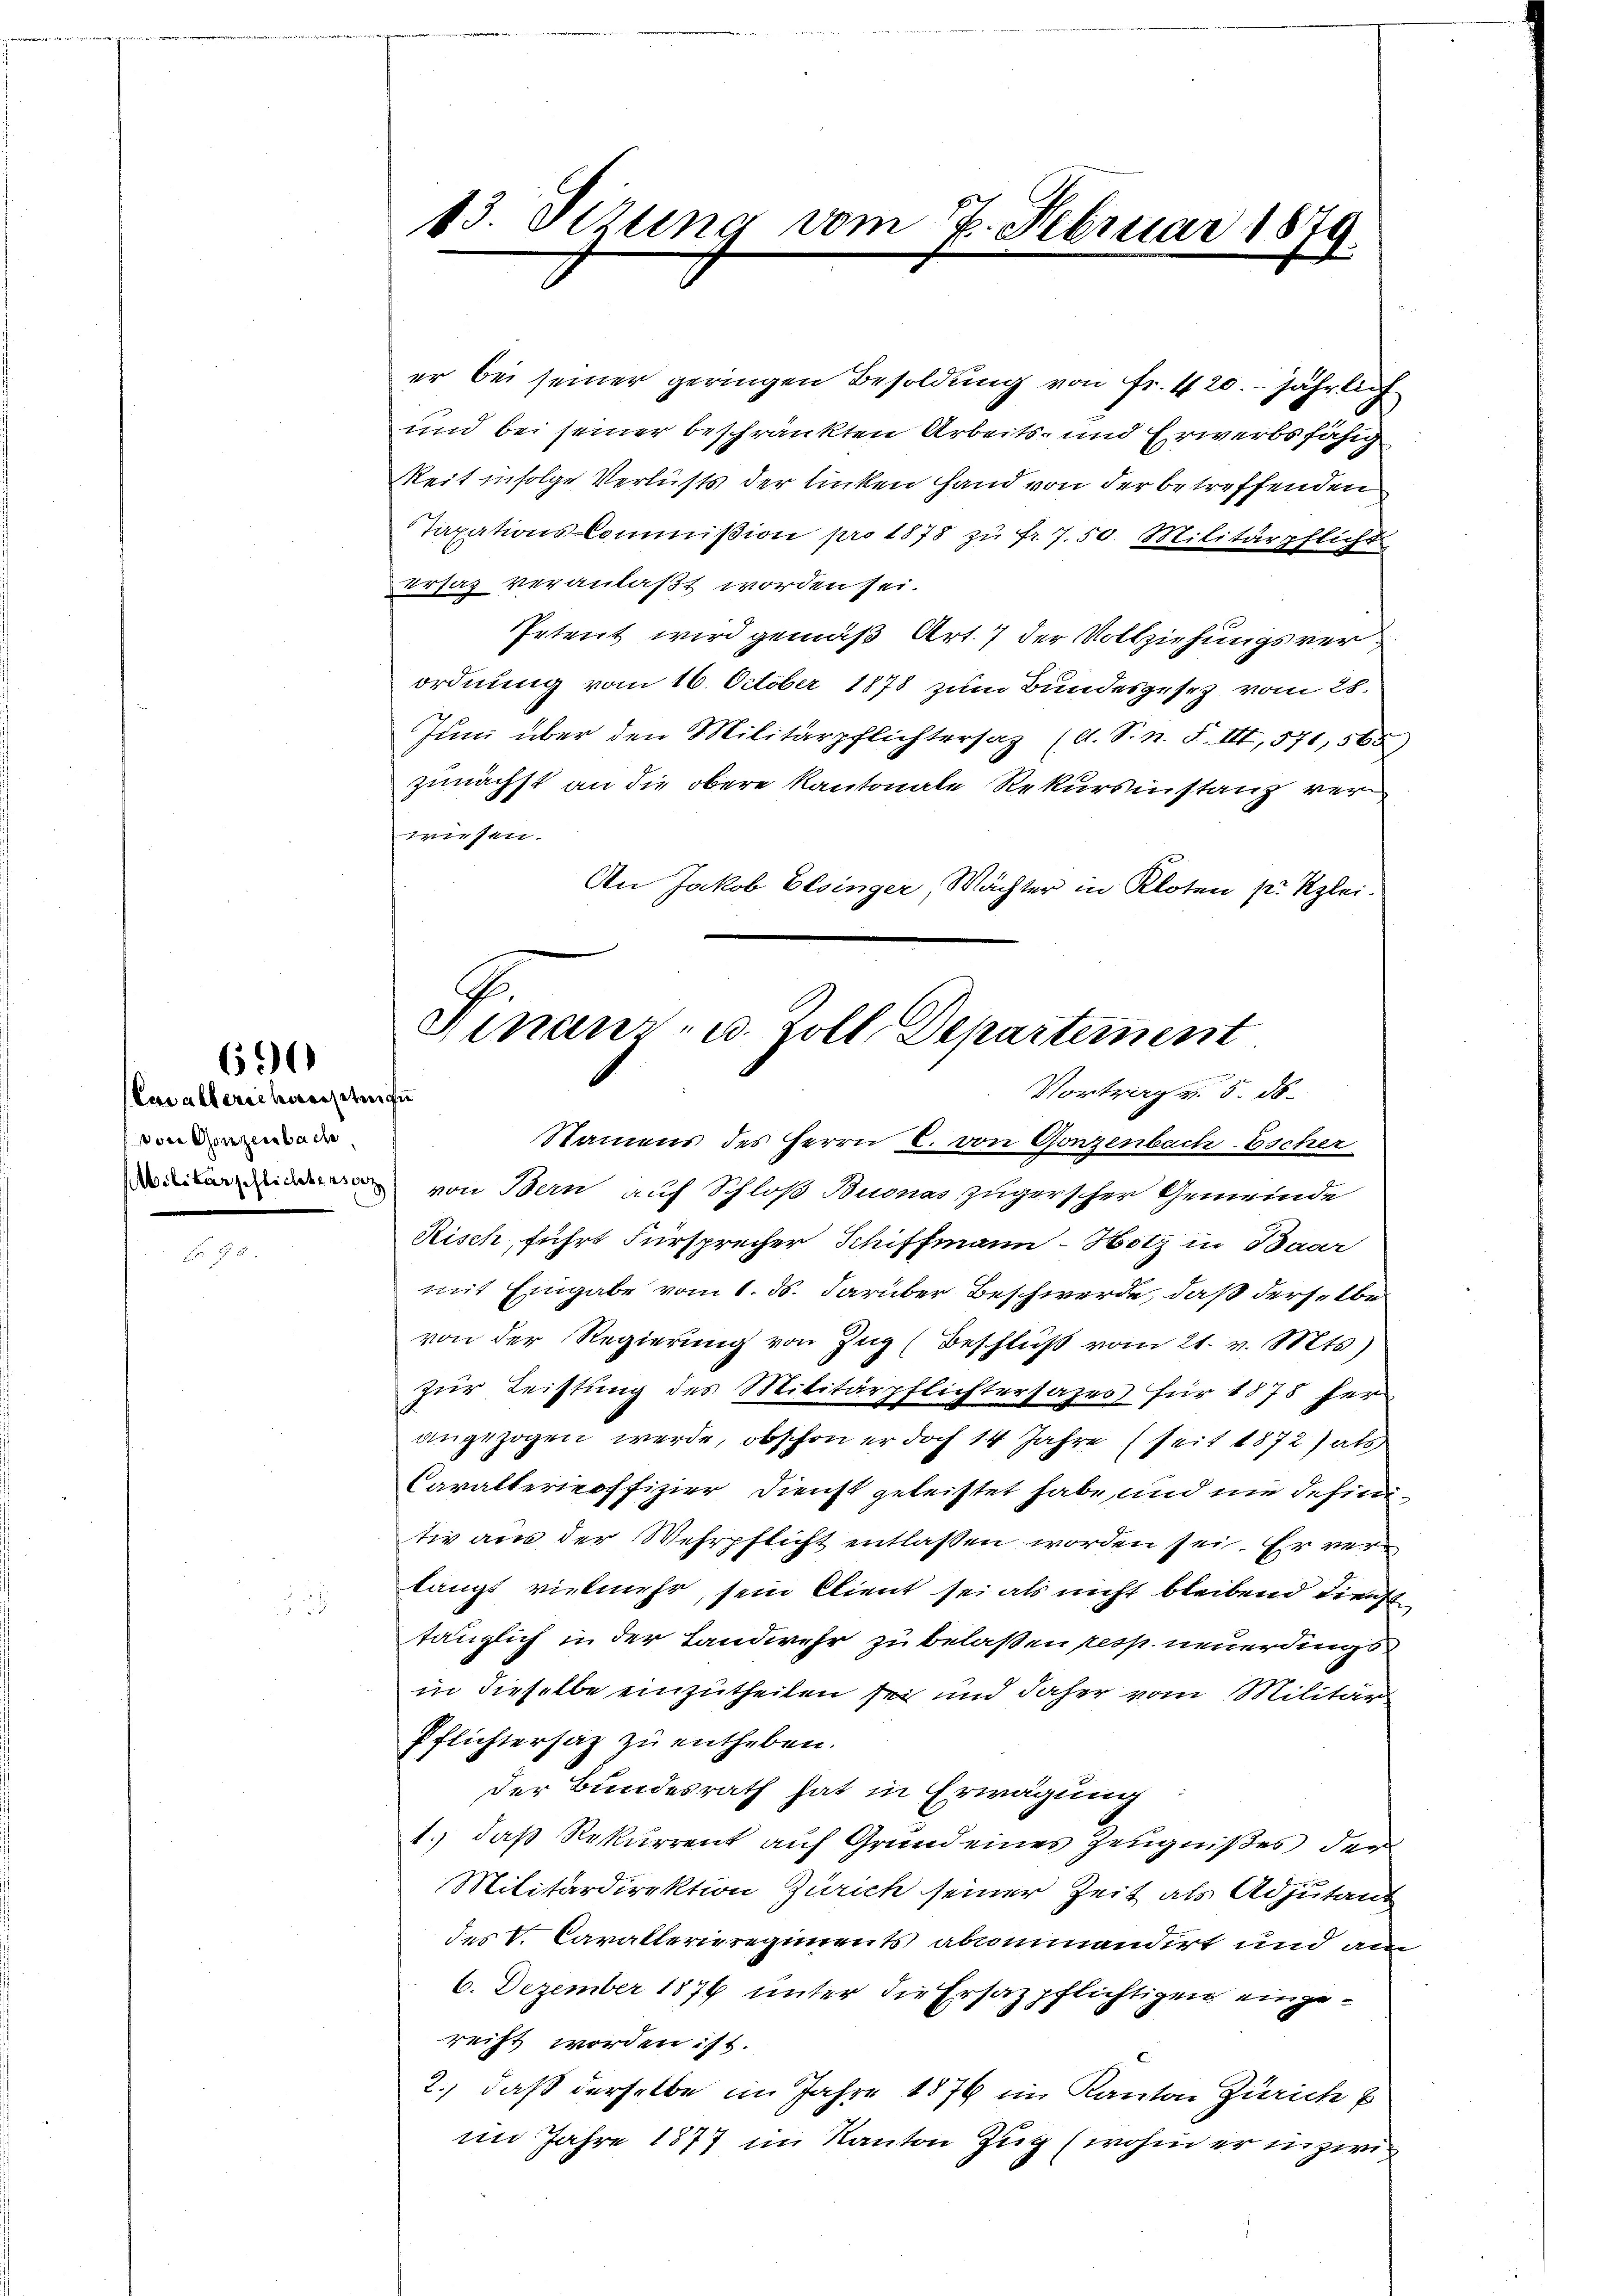
690

(Cualbericherersteige
von Gonzerbach
Militärpflichtensocz

13. Sirung vom

er bei seiner geringen Besoldung von Fr. 420. jährlich
sind bei seiner beschränkten Arbeits- und Erwerbsfähig
Reit infolge Verlusts der linken Hand von der betreffenden
Taxationskommißion pro 1878 zŭ fr. 7. 50. Militärpflicht
rsaz veranlaßt worden sei.
Petent wird gemäß Art. 7 der Vollziehungsverordnung vom 16. October 1878 zum Bundesgesez vom 28.
Jŭni über den Militärpflichtersaz (A. S. n. F. III, 571, 565)
zunächst an die obere Kantonale Rekursinstanz verwiesen.
An Jakob Elsinger, Wächter in Kloten pr. Klei¬

2. Februar 1871
2.

Minanz- u. Zoll Departement
Vortrag v. 5. ds.

Namens des Herrn C. von Gonzenbach Escher
von Bern auf Schloß Buonas Zugerscher Gemeinde
Risch führt Fürsprecher Schiffmann-Hotz in Baar
mit Eingabe vom 1. ds. darüber Beschwerde, daß derselbe
von der Regierung von Zug (Beschluß vom 21. v. Mts)
zur Leistung des Militärpflichtersazes für 1878 her
angezogen werde, obschon er doch 14 Jahre (seit 1872) als
Caralteroffizier Dienst geleistet habe, und nie definiti aus der Wehrpflicht entlassen worden sei. Er verlangt vielmehr, sein Client sei als nicht bleibend dienst
tänglich in der Landwehr zu belaßen resp. neuerdings
in dieselbe einzutheilen sei und daher vom Militär
Pflichtersaz zu entheben.
der Bundesrath hat in Erwägung
1.) daß Rekurrent auf Grund eines Zeugnißes der
Militärdirektion Zürich seiner Zeit als Adjutant
des V. Cavallerieregiments alcommandirt und am
6. Dezember 1876 unter die Ersatzpflichtigen eingereiht worden ist.
2.) daß derselbe im Jahre 1876 im Kanton Zürich b
im Jahre 1877 im Kanton Zug (wohin er inzwi¬